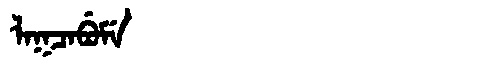
Manchu: ᠯᠠᡴᠴᠠᠪᡠᠮᡝ
Romanization: LAKCABUME